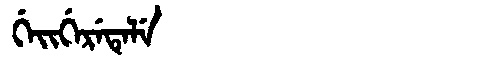
Manchu: ᡤᡝᡳᡤᡝᡵᡝᡨᡝᠯᡝ
Romanization: GEIGERETELE